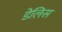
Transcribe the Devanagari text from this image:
डेलिस